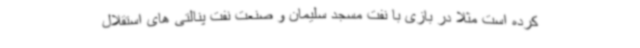
کرده است مثلا در بازی با نفت مسجد سلیمان و صنعت نفت پنالتی های استقلال